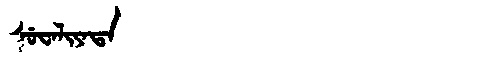
Manchu: ᠰᡠᠸᠠᠯᡳᠶᠠᡨᠠ
Romanization: SUWALIYATA